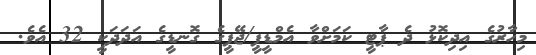
މިހާރުގެ އިދިކޮޅު ދެ ޕާޓީ ކަމަށްވާ އެމްޑީޕީ/ޖޭޕީގެ ގޮނޑީގެ އަދަދަކީ 32 އެވެ.